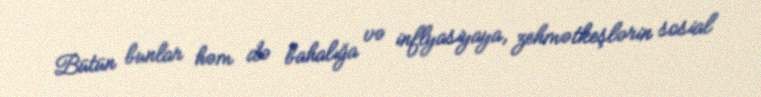
Bütün bunlar həm də bahalığa və inflyasiyaya, zehmətkeşlərin sosial